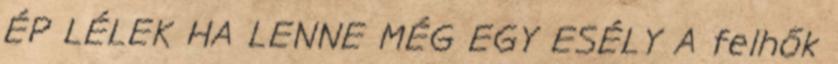
ÉP LÉLEK HA LENNE MÉG EGY ESÉLY A felhők